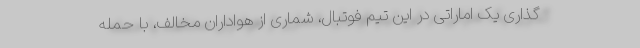
گذاری یک اماراتی در این تیم فوتبال، شماری از هواداران مخالف، با حمله